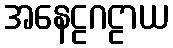
အနေဠဂဠာယ